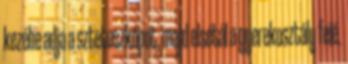
kezébe adja a sztetoszkópot, majd elsétál a gyerekosztály felé.